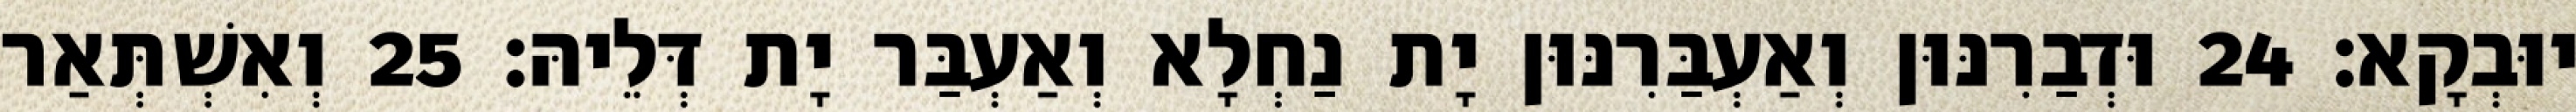
יוּבְקָא׃ 24 וּדְבַרִנּוּן וְאַעְבַּרִנּוּן יָת נַחְלָא וְאַעְבַּר יָת דְּלֵיהּ׃ 25 וְאִשְׁתְּאַר